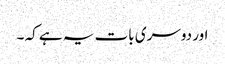
اور دوسری بات یہ ہے کہ ۔